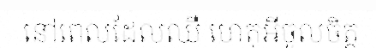
នៅពេលដែលឈឺ ហេតុអីចូលចិត្ត